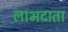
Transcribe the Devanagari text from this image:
लाभदाता